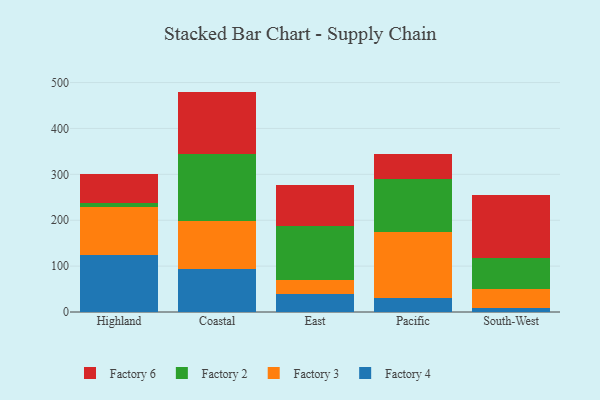
{"axis": {"x": "Region", "y": "Conversion Rate (%)"}, "legend": ["Factory 2", "Factory 3", "Factory 4", "Factory 6"], "data": [{"x": "Highland", "y": 123.6, "type": "Factory 4"}, {"x": "Highland", "y": 105.6, "type": "Factory 3"}, {"x": "Highland", "y": 8.3, "type": "Factory 2"}, {"x": "Highland", "y": 63.4, "type": "Factory 6"}, {"x": "Coastal", "y": 94.5, "type": "Factory 4"}, {"x": "Coastal", "y": 104.7, "type": "Factory 3"}, {"x": "Coastal", "y": 145.9, "type": "Factory 2"}, {"x": "Coastal", "y": 135.2, "type": "Factory 6"}, {"x": "East", "y": 38.5, "type": "Factory 4"}, {"x": "East", "y": 30.9, "type": "Factory 3"}, {"x": "East", "y": 118.8, "type": "Factory 2"}, {"x": "East", "y": 88.9, "type": "Factory 6"}, {"x": "Pacific", "y": 31.6, "type": "Factory 4"}, {"x": "Pacific", "y": 141.7, "type": "Factory 3"}, {"x": "Pacific", "y": 116.1, "type": "Factory 2"}, {"x": "Pacific", "y": 55.0, "type": "Factory 6"}, {"x": "South-West", "y": 9.5, "type": "Factory 4"}, {"x": "South-West", "y": 39.8, "type": "Factory 3"}, {"x": "South-West", "y": 67.9, "type": "Factory 2"}, {"x": "South-West", "y": 137.8, "type": "Factory 6"}]}